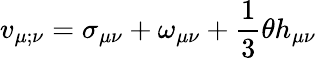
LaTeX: v_{\mu;\nu}=\sigma_{\mu\nu}+\omega_{\mu\nu}+\frac{1}{3}\theta h_{\mu\nu}